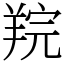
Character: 羦